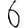
Digit: 6